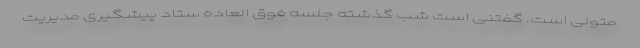
متولی است. گفتنی است شب گذشته جلسه فوق العاده ستاد پیشگیری مدیریت